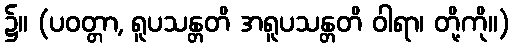
၌။ (ပဝတ္တာ, ရူပသန္တတိ အရူပသန္တတိ ဝါရာ၊ တို့ကို။)